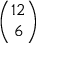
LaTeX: \binom { 1 2 } { 6 }